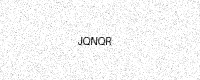
Text: JQNQR